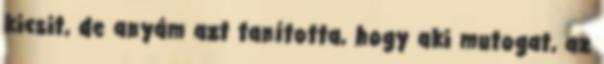
kicsit, de anyám azt tanította, hogy aki mutogat, az